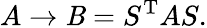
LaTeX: A\to\mathit{B}=S^{\mathrm{{T}}}AS.